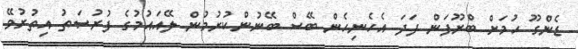
ޑެންގޫ ހުމަށް ބްރޫފަން ފަދަ އެހެނިހެން ބޭސް ބޭނުންކުރުމުން ލޭއައުމުގެ ފުރުޞަތު އިތުރުވޭ